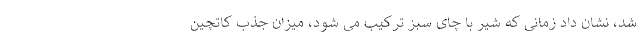
شد، نشان داد زمانی که شیر با چای سبز ترکیب می شود، میزان جذب کاتچین